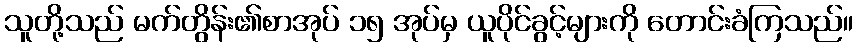
သူတို့သည် မက်တွိန်း၏စာအုပ် ၁၅ အုပ်မှ ယူပိုင်ခွင့်များကို တောင်းခံကြသည်။